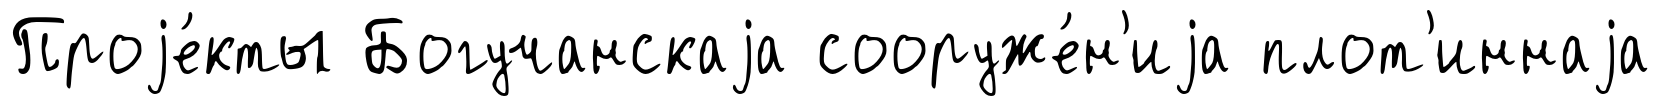
Проjе́кты Богучанскаjа сооруже́н'иjа плот'иннаjа